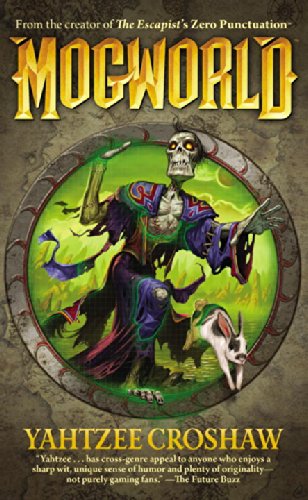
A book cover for Mogworld; Yahtzee Croshaw; Science Fiction & Fantasy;